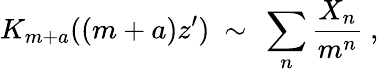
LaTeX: K_{m+a}((m+a)z^{\prime})\ \sim\ \sum_{n}\frac{X_{n}}{m^{n}}\ ,